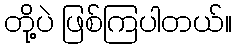
တို့ပဲ ဖြစ်ကြပါတယ်။